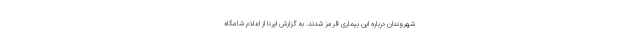
شهروندان درباره این بیماری قرمز شدند. به گزارش ایرنا از اعلام شامگاه